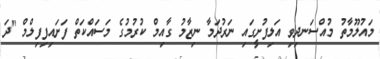
މައުލޫމާތު މުއްސަނދިވި އަލިފުށީގައި ނަރުދަމާ ނިޒާމު ގާއިމް ކުރުމުގެ މަސައްކަތް ފަށައިފިފިލްމް "ދަ